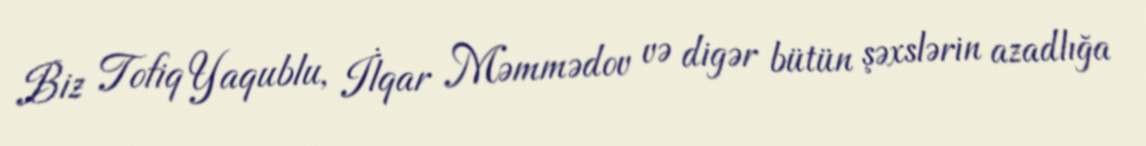
Biz Tofiq Yaqublu, İlqar Məmmədov və digər bütün şəxslərin azadlığa